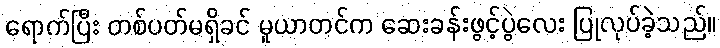
ရောက်ပြီး တစ်ပတ်မရှိခင် မူယာတင်က ဆေးခန်းဖွင့်ပွဲလေး ပြုလုပ်ခဲ့သည်။